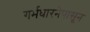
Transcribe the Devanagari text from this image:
गर्भधारनेपासून